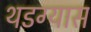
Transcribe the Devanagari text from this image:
थडग्यास